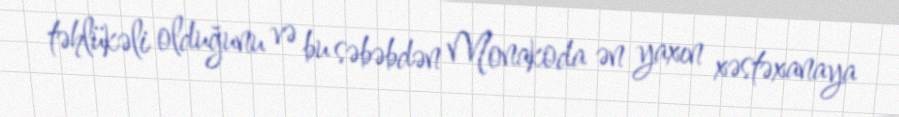
təhlükəli olduğunu və bu səbəbdən Monakoda ən yaxın xəstəxanaya